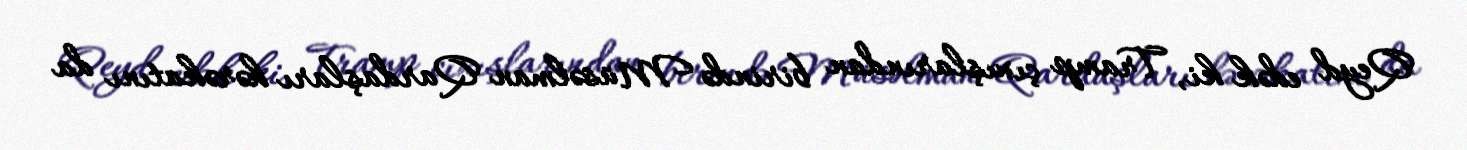
Qeyd edək ki, Tramp çıxışlarından birində Müsəlman Qardaşları hərəkatını da